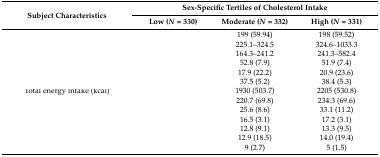
<table><thead><tr><td rowspan="2"><b>Subject Characteristics </b></td><td colspan="3"><b>Sex-Specific Tertiles of Cholesterol Intake</b></td></tr><tr><td><b>Low (<i>N</i> = 330)</b></td><td><b>Moderate (<i>N</i> = 332)</b></td><td><b>High (<i>N</i> = 331)</b></td></tr></thead><tbody><tr><td>[EMPTY_CELL]</td><td>[EMPTY_CELL]</td><td>199 (59.94)</td><td>198 (59.52)</td></tr><tr><td>[EMPTY_CELL]</td><td>[EMPTY_CELL]</td><td>225.1–324.5</td><td>324.6–1033.3</td></tr><tr><td>[EMPTY_CELL]</td><td>[EMPTY_CELL]</td><td>164.3–241.2</td><td>241.3–582.4</td></tr><tr><td>[EMPTY_CELL]</td><td>[EMPTY_CELL]</td><td>52.8 (7.9)</td><td>51.9 (7.4)</td></tr><tr><td>[EMPTY_CELL]</td><td>[EMPTY_CELL]</td><td>17.9 (22.2)</td><td>20.9 (23.6)</td></tr><tr><td>[EMPTY_CELL]</td><td>[EMPTY_CELL]</td><td>37.5 (5.2)</td><td>38.4 (5.3)</td></tr><tr><td>Total energy intake (kcal)</td><td>[EMPTY_CELL]</td><td>1930 (503.7)</td><td>2205 (530.8)</td></tr><tr><td>[EMPTY_CELL]</td><td>[EMPTY_CELL]</td><td>220.7 (69.8)</td><td>234.3 (69.6)</td></tr><tr><td>[EMPTY_CELL]</td><td>[EMPTY_CELL]</td><td>25.6 (8.6)</td><td>33.1 (11.2)</td></tr><tr><td>[EMPTY_CELL]</td><td>[EMPTY_CELL]</td><td>16.5 (3.1)</td><td>17.2 (3.1)</td></tr><tr><td>[EMPTY_CELL]</td><td>[EMPTY_CELL]</td><td>12.8 (9.1)</td><td>13.3 (9.5)</td></tr><tr><td>[EMPTY_CELL]</td><td>[EMPTY_CELL]</td><td>12.9 (18.5)</td><td>14.0 (19.4)</td></tr><tr><td>[EMPTY_CELL]</td><td>[EMPTY_CELL]</td><td>9 (2.7)</td><td>5 (1.5)</td></tr></tbody></table>